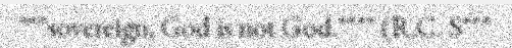
"""sovereign, God is not God."""" (R.C. S"""